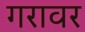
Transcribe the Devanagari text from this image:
गरावर